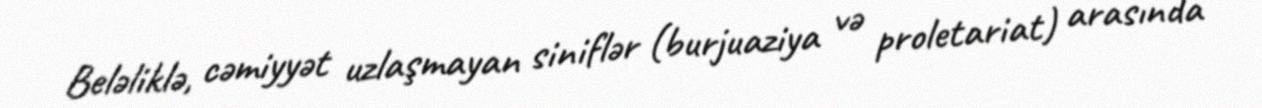
Beləliklə, cəmiyyət uzlaşmayan siniflər (burjuaziya və proletariat) arasında